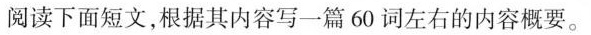
阅读下面短文,根据其内容写一篇 60 词左右的内容概要.。